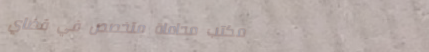
مكتب محاماة متخصص في قضاي